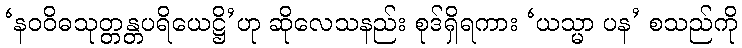
‘နဝဝိဓသုတ္တန္တပရိယေဋ္ဌိ’ဟု ဆိုလေသနည်း စုဒ်ရှိရကား ‘ယသ္မာ ပန’ စသည်ကို